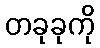
တခုခုကို